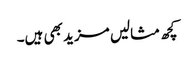
کچھ مثالیں مزید بھی ہیں۔